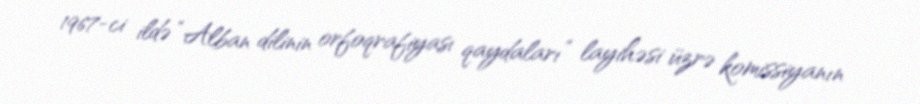
1967-ci ildə “Alban dilinin orfoqrafiyası qaydaları” layihəsi üzrə komissiyanın